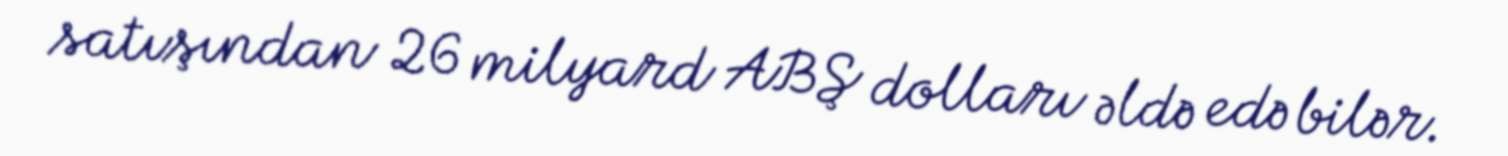
satışından 26 milyard ABŞ dolları əldə edə bilər.